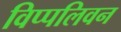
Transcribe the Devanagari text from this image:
विप्पलिवन